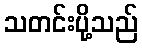
သတင်းပို့သည်